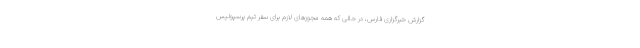
گزارش خبرگزاری فارس، در حالی که همه مجوزهای لازم برای سفر تیم پرسپولیس